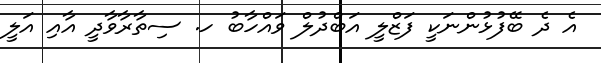
އެ ދެ ބޭފުޅުންނަކީ ފަޒްލީ އަބްދުލް ވައްހާބު ހ. ސިތާރާވާދީ އާއި އަލީ